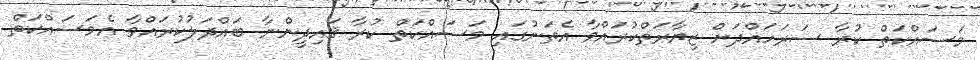
މަސައްކަތް ކުރާ ސަރަހައްދަށް ޒިޔާރަތްކުރައްވާ އެތަނުގައި މަސައްކަތް ކުރާ ޤައިދީންނާ ބައްދަލުކުރައްވާ އެމަސައްކަތް